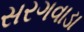
સરગવાડા